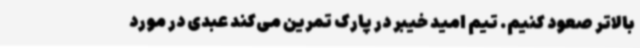
بالاتر صعود کنیم. تیم امید خیبر در پارک تمرین می‌کند عبدی در مورد